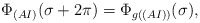
\begin{align*}\Phi_{(AI)}(\sigma +2\pi ) = \Phi_{g((AI))}(\sigma), \end{align*}